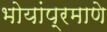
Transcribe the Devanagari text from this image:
भोयांप्रमाणे